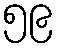
၅၉